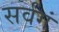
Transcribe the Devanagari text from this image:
सर्वगं